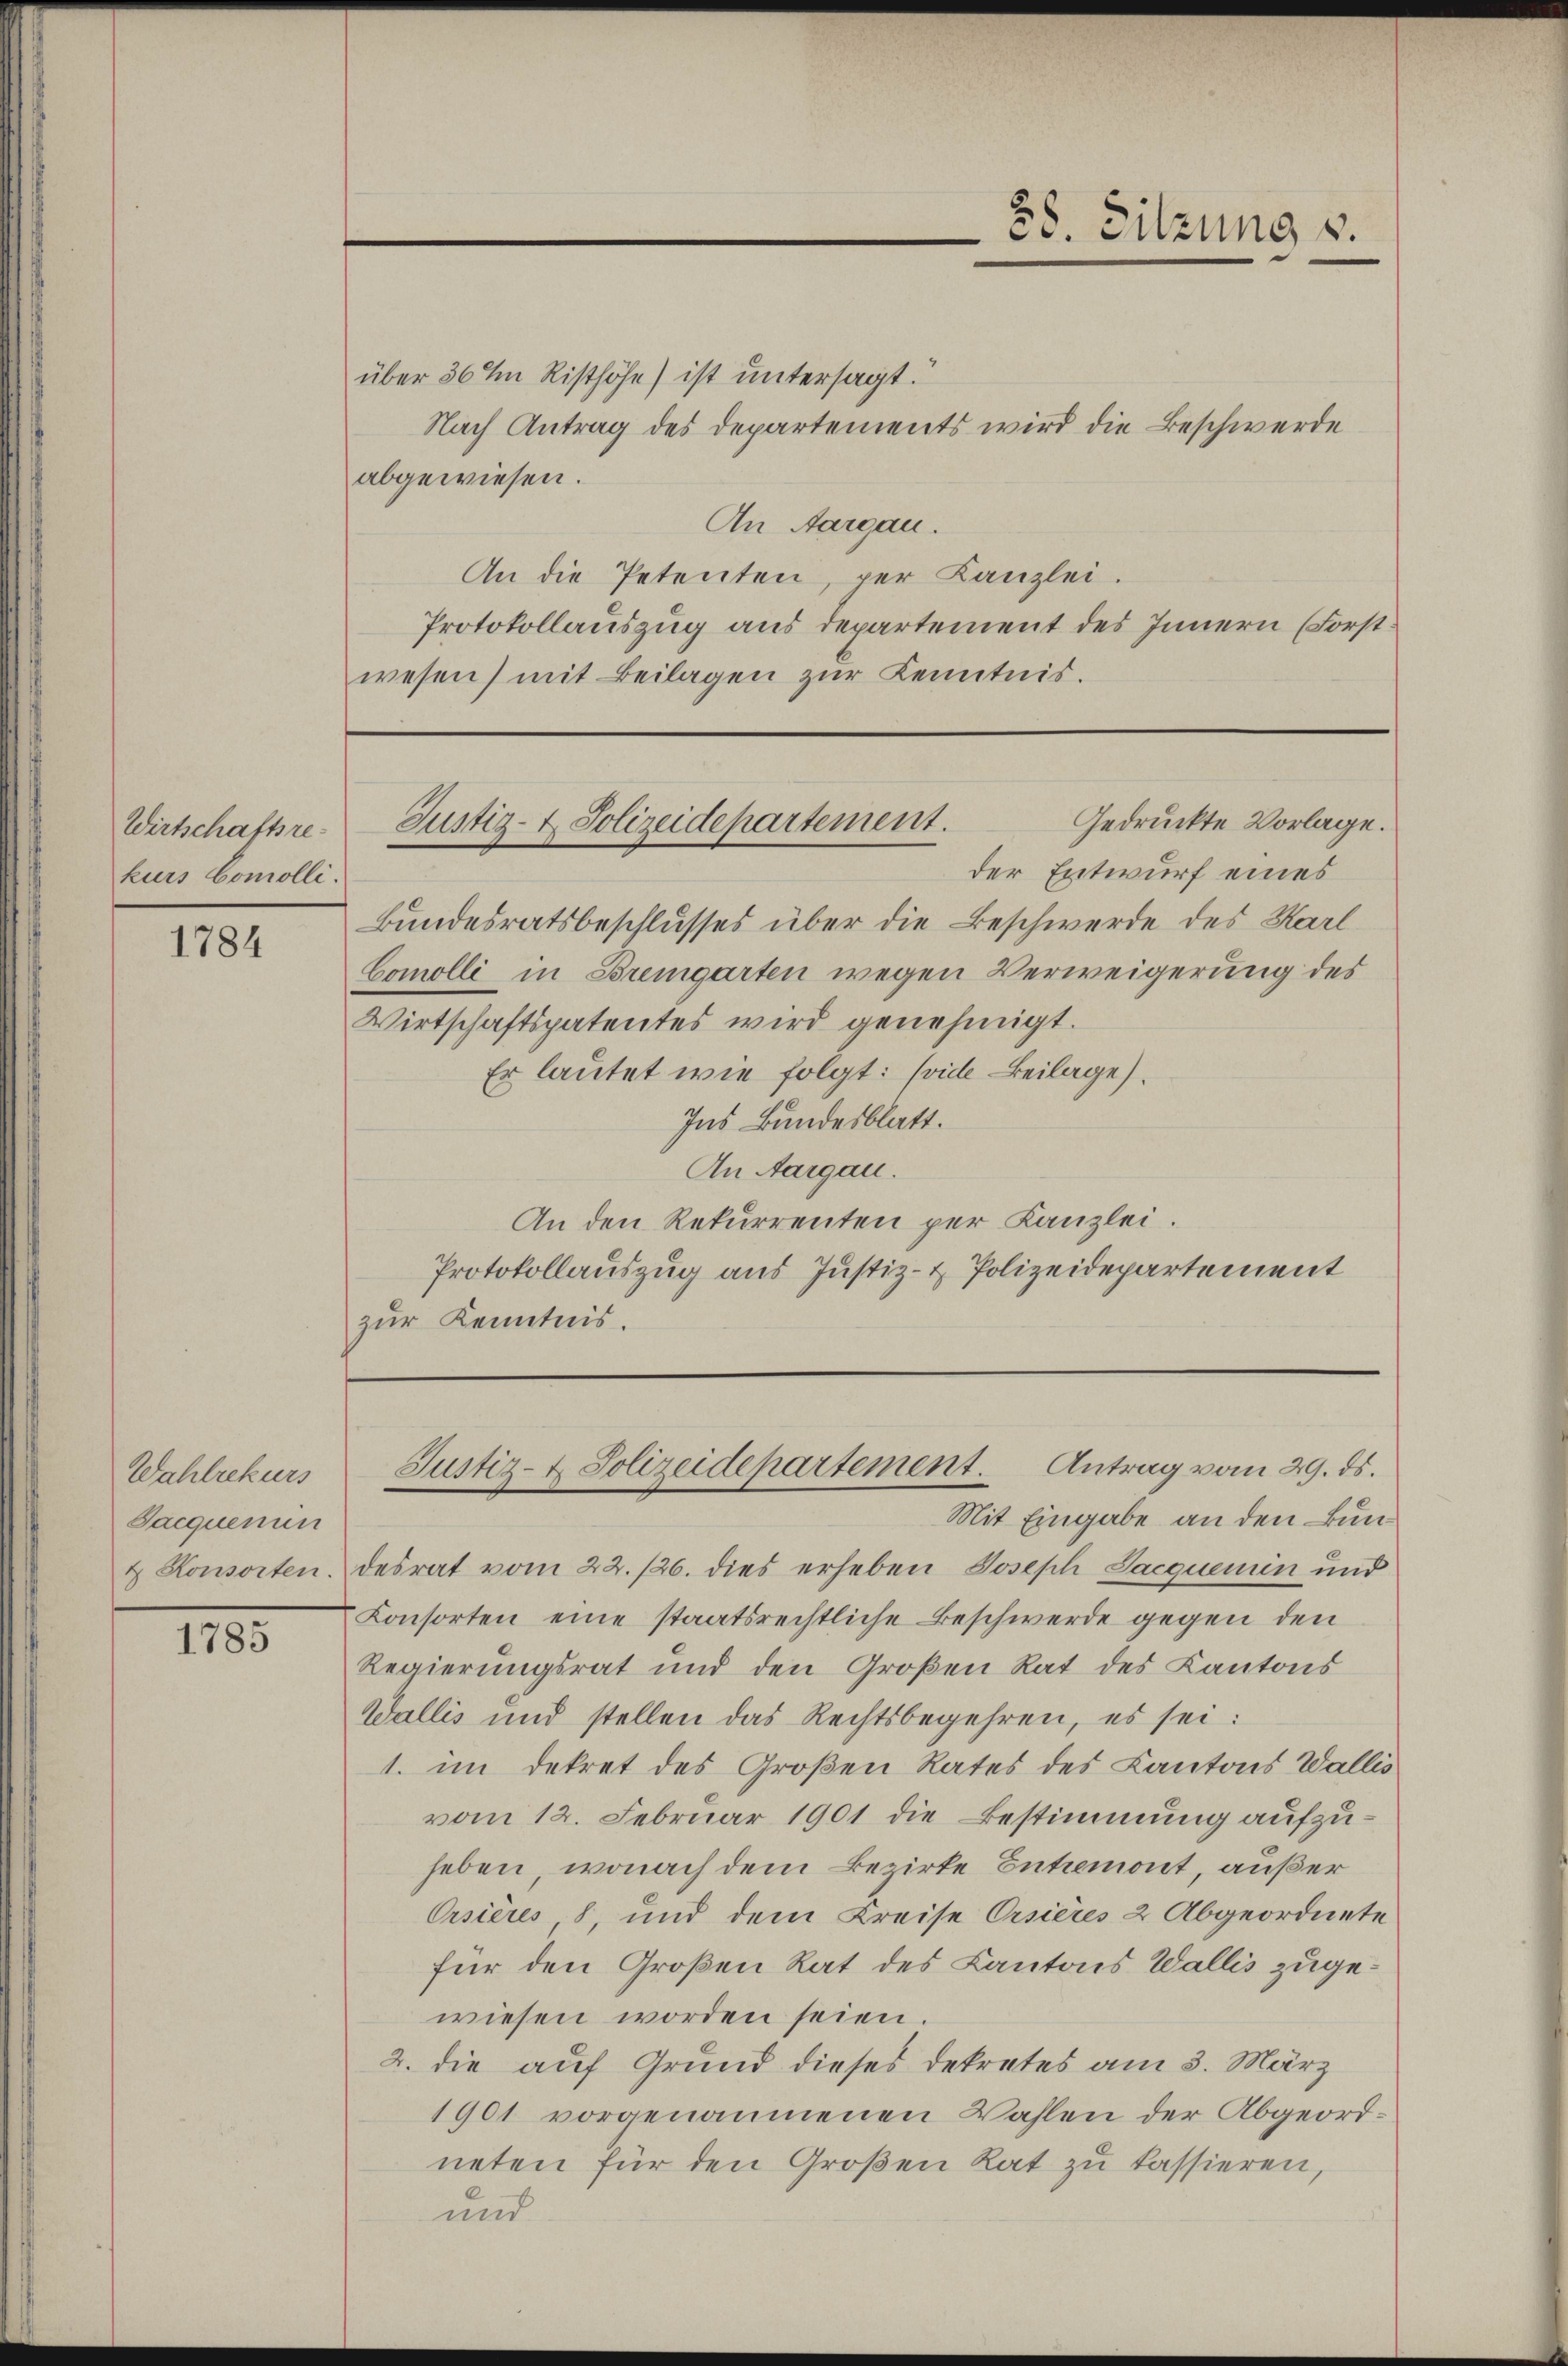
Wirtschaftsrekurs Comolli.

1784

Wahlrekurs
Sacquenun
& Konsorten.

1785

über 36 I Risthöhe) ist untersagt.
Nach Antrag des Departements wird die Beschwerde
abgewiesen.
An Aargau.
An die Petenten, per Kanzlei.
Protokollauszug aus departement des Innern (Forstwesen) mit Beilagen zur Kenntnis.

der Entwurf eines
Bundesratsbeschlusses über die Beschwerde des Karl
Comolli in Bremgarten wegen Verweigerung des
Wirtschaftspatentes wird genehmigt.
Er lautet wie folgt: (vide Beilage).
Ins Bundesblatt.
An Aargau.
An den Rekurrenten per Kanzlei.
Protokollauszug aus Justiz- & Polizeidepartement
zur Kenntnis.

Mit Eingabe an den Bundesrat vom 22. 126. dies erheben Joseph Jacquemin und
Consorten eine staatsrechtliche Beschwerde gegen den
Regierungsrat und den Großen Rat des Kantons
Wallis und stellen das Rechtsbegehren, es sei:
1. im Dekret des Großen Rates des Cantons Wallis
vom 12. Februar 1901 die Bestimmung aufzuheben, wonach dem Bezirke Entremont, außer
Orsières 8, und dem Kreise Ersières 2 Abgeordnete
für den Großen Rat des Cantons Wallis zugewiesen worden seien.
2. die auf Grund dieses Dekretes am 3. März
1901 vorgenommenen Wahlen der Abgeordneten für den Großen Rat zu kassieren,
und

88. Sitzung v.

Gedruckte Vorlage.
Justiz- & Polizeidepartement.

Justiz- & Polizeidepartement. Antrag vom 29. ds.